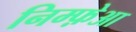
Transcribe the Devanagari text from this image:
निम्फ़ेआ